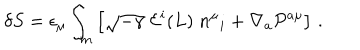
\delta S = \epsilon _ { \mu } \int _ { m } \left[ \sqrt { - \gamma } \; { \cal E } ^ { i } ( L ) \; n ^ { \mu } { } _ { i } + \nabla _ { a } { \cal P } ^ { a \mu } \right] \, .